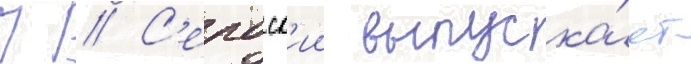
П // С'ербск'ии выпуска́ет